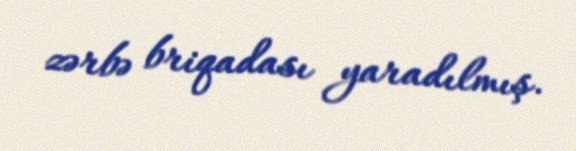
zərbə briqadası yaradılmış.